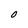
Character: O